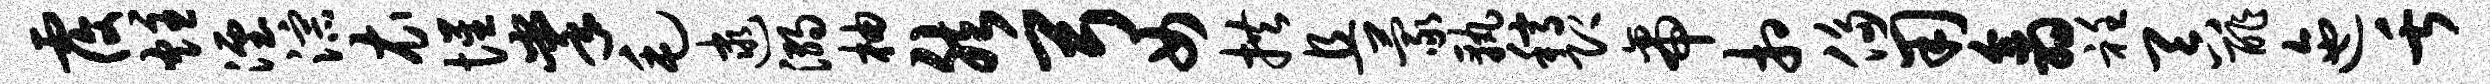
覆炷湮淙衣惺掌毛逮溺柚然弓女拱且蒙孰稿即帝相侈用翕衽吞酢迤舌